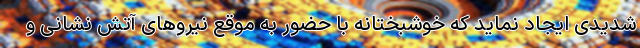
شدیدی ایجاد نماید که خوشبختانه با حضور به موقع نیروهای آتش نشانی و